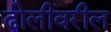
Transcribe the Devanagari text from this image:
ढोलीवरील